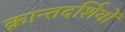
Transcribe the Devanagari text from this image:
क्रान्तदर्शियों